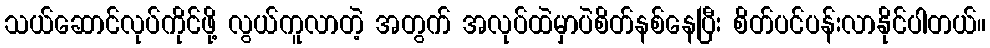
သယ်ဆောင်လုပ်ကိုင်ဖို့ လွယ်ကူလာတဲ့ အတွက် အလုပ်ထဲမှာပဲစိတ်နစ်နေပြီး စိတ်ပင်ပန်းလာနိုင်ပါတယ်။